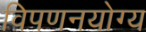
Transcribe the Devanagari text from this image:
विपणनयोग्य